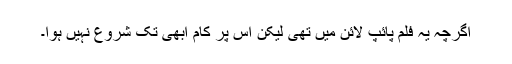
اگرچہ یہ فلم پائپ لائن میں تھی لیکن اس پر کام ابھی تک شروع نہیں ہوا۔